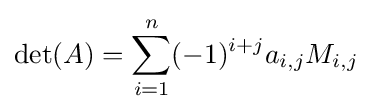
\det(A)=\sum _{i=1}^{n}(-1)^{i+j}a_{i,j}M_{i,j}